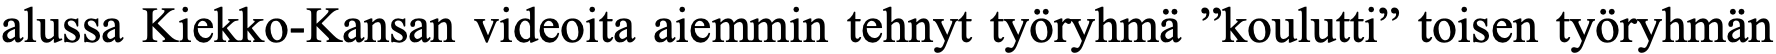
alussa Kiekko-Kansan videoita aiemmin tehnyt työryhmä ”koulutti” toisen työryhmän